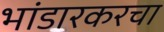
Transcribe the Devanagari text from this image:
भांडारकरचा